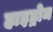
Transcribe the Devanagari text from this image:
हाइड्रोम